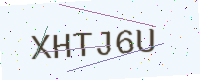
Text: XHTJ6U